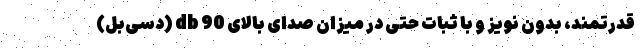
قدرتمند، بدون نویز و با ثبات حتی در میزان صدای بالای 90 db (دسی‌بل)